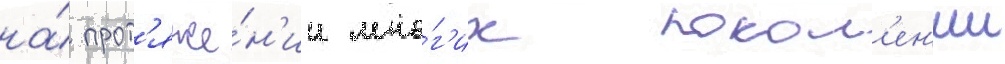
на́ прот'яже́н'ии мно́г'их покол'ен'ии